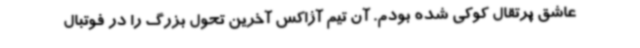
عاشق پرتقال کوکی شده بودم. آن تیم آژاکس آخرین تحول بزرگ را در فوتبال